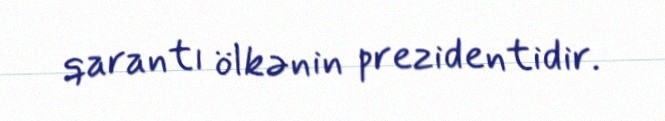
qarantı ölkənin prezidentidir.